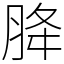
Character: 胮